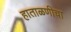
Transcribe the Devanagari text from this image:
हाताळणीचा